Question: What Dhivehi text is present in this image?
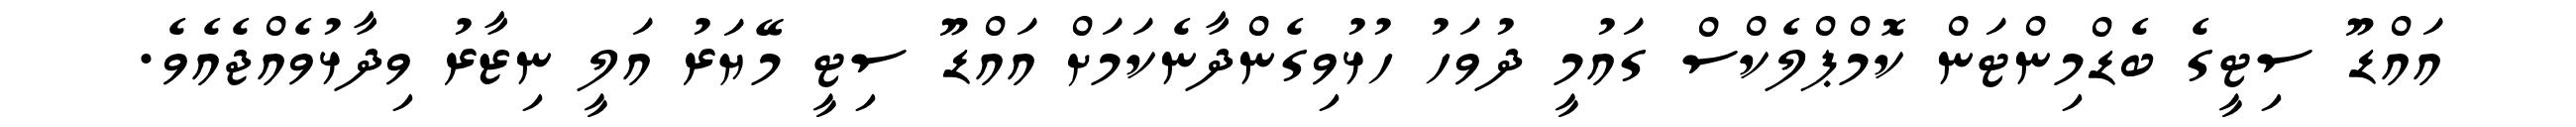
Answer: އައްޑޫ ސިޓީގެ ބެޑްމިންޓަން ކޮމްޕްލެކްސް ގައުމީ ދުވަހު ހުޅުވިގެންދާނެކަމަށް އައްޑޫ ސިޓީ މޭޔަރު އަލީ ނިޒާރު ވިދާޅުވެއްޖެއެވެ.